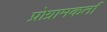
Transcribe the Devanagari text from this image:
प्रोग्रामकर्ता